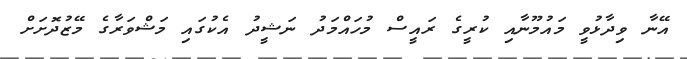
އޭނާ ވިދާޅުވީ މައުމޫނާއި ކުރީގެ ރައީސް މުހައްމަދު ނަޝީދު އެކުގައި މަޝްވަރާގެ މޭޒުދޮށަށް